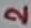
Text: 2